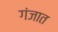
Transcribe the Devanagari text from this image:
गंजात